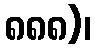
၈၈၈)၊